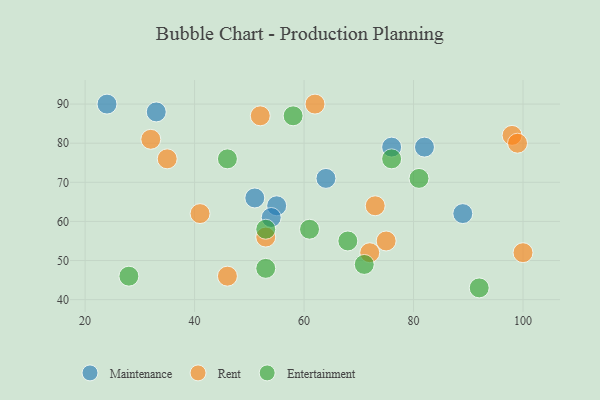
{"axis": {"x": "GDP", "y": "Life Expectancy"}, "legend": ["Entertainment", "Maintenance", "Rent"], "data": [{"x": "64", "y": 71, "type": "Maintenance"}, {"x": "76", "y": 79, "type": "Maintenance"}, {"x": "89", "y": 62, "type": "Maintenance"}, {"x": "82", "y": 79, "type": "Maintenance"}, {"x": "24", "y": 90, "type": "Maintenance"}, {"x": "55", "y": 64, "type": "Maintenance"}, {"x": "51", "y": 66, "type": "Maintenance"}, {"x": "54", "y": 61, "type": "Maintenance"}, {"x": "33", "y": 88, "type": "Maintenance"}, {"x": "62", "y": 90, "type": "Rent"}, {"x": "72", "y": 52, "type": "Rent"}, {"x": "98", "y": 82, "type": "Rent"}, {"x": "46", "y": 46, "type": "Rent"}, {"x": "32", "y": 81, "type": "Rent"}, {"x": "75", "y": 55, "type": "Rent"}, {"x": "52", "y": 87, "type": "Rent"}, {"x": "99", "y": 80, "type": "Rent"}, {"x": "73", "y": 64, "type": "Rent"}, {"x": "53", "y": 56, "type": "Rent"}, {"x": "100", "y": 52, "type": "Rent"}, {"x": "41", "y": 62, "type": "Rent"}, {"x": "35", "y": 76, "type": "Rent"}, {"x": "58", "y": 87, "type": "Entertainment"}, {"x": "61", "y": 58, "type": "Entertainment"}, {"x": "46", "y": 76, "type": "Entertainment"}, {"x": "53", "y": 48, "type": "Entertainment"}, {"x": "92", "y": 43, "type": "Entertainment"}, {"x": "53", "y": 58, "type": "Entertainment"}, {"x": "76", "y": 76, "type": "Entertainment"}, {"x": "71", "y": 49, "type": "Entertainment"}, {"x": "28", "y": 46, "type": "Entertainment"}, {"x": "81", "y": 71, "type": "Entertainment"}, {"x": "68", "y": 55, "type": "Entertainment"}]}